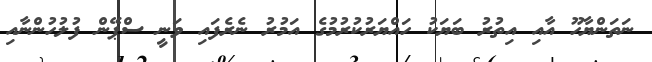
ނަތަންޔާހޫ އާއި އިތުރު ބަޔަކު ހައްޔަރުކުރުމުގެ އަމުރު ނެރެފައި ވަނީ ސްޕޭން ފުލުހުންނާއި